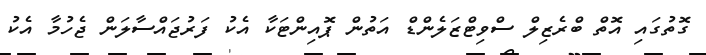
ގޮތުގައި އޮތް ބްރެޒިލް ސްވިޓްޒަލެންޑް އަތުން ޕޮއިންޓަކާ އެކު ފަރުޖައްސާލަން ޖެހުމާ އެކު